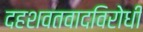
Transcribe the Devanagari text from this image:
दहशवतवादविरोधी